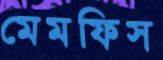
মেমফিস